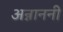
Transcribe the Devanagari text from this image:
अन्नाननी